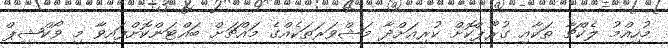
މުހިއްމު ލެކްޗާ ތަކާއި ގުރޫޕްކޮށް ކުރިއަށްދާ މަޝްވަރަތަކެއްގެ މައްޗަށް ބައްޓަންކޮށްފައިވާ މި ވޯކްޝިޕް